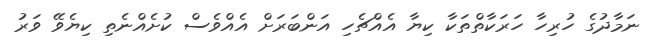
ނަމާދުގެ ހުރިހާ ހަރަކާތްތަކާ ކިޔާ އެއްޗެހި އަންބަރަށް އެއްވެސް ކުށެއްނެތި ކިޔެވޭ ވަރު